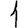
Digit: 1